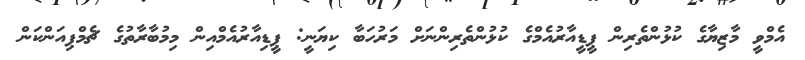
އެމްވީ މާޒިޔާގެ ކުޅުންތެރިން ޕީޑީއާރުއެމްގެ ކުޅުންތެރިންނަށް މަރުހަބާ ކިޔަނީ: ޕީޑިއާރުއެމްއިން މިމުބާރާތުގެ ޗެމްޕިއަންކަން